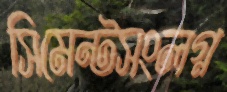
সিমেন্টসংলগ্ন